Scottish Certificate of Education, 1962
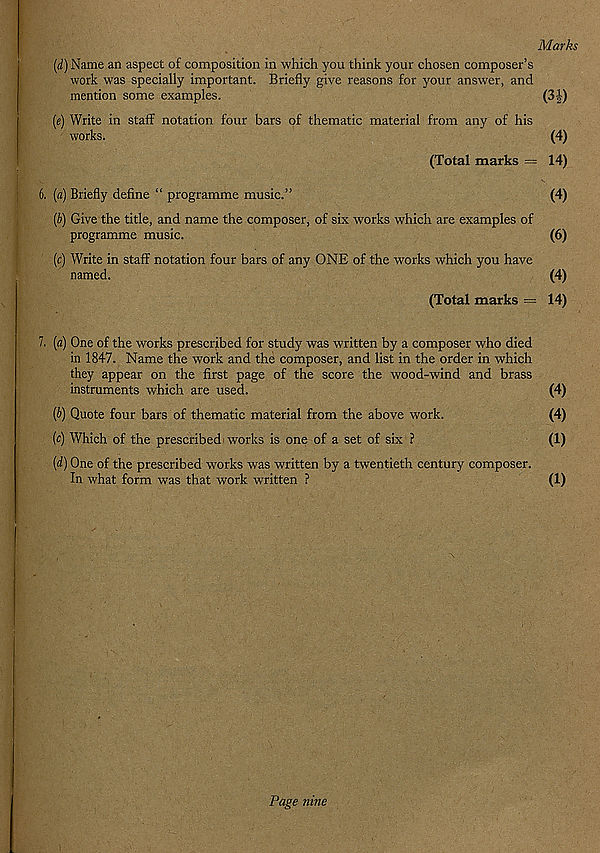
Marks
[d) Name an aspect of composition in which you think your chosen composer’s
work was specially important. Briefly give reasons for your answer, and
mention some examples.
(3-J)
(e) Write in staff notation four bars of thematic material from any of his
works.
(4)
(Total marks — 14)
6. (a) Briefly define “ programme music.”
(4)
(A) Give the title, and name the composer, of six works which are examples of
programme music.
(6)
(c) Write in staff notation four bars of any ONE of the works which you have
named.
(4)
(Total marks — 14)
7. (a) One of the works prescribed for study was written by a composer who died
in 1847. Name the work and the composer, and list in the order in which
they appear on the first page of the score the wood-wind and brass
instruments which are used.
(4)
(b) Quote four bars of thematic material from the above work.
(4)
[c) Which of the prescribed works is one of a set of six ?
(1)
(rf) One of the prescribed works was written by a twentieth century composer.
In what form was that work written ?
(1)
Page nine